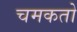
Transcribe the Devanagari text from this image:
चमकतो